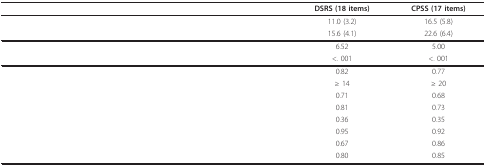
<table><thead><tr><td>[EMPTY_CELL]</td><td>[EMPTY_CELL]</td><td><b>DSRS (18 items)</b></td><td><b>CPSS (17 items)</b></td></tr></thead><tbody><tr><td>[EMPTY_CELL]</td><td>[EMPTY_CELL]</td><td>11.0 (3.2)</td><td>16.5 (5.8)</td></tr><tr><td>[EMPTY_CELL]</td><td>[EMPTY_CELL]</td><td>15.6 (4.1)</td><td>22.6 (6.4)</td></tr><tr><td>[EMPTY_CELL]</td><td>[EMPTY_CELL]</td><td>6.52</td><td>5.00</td></tr><tr><td>[EMPTY_CELL]</td><td>[EMPTY_CELL]</td><td>&lt;. 001</td><td>&lt;. 001</td></tr><tr><td>[EMPTY_CELL]</td><td>[EMPTY_CELL]</td><td>0.82</td><td>0.77</td></tr><tr><td>[EMPTY_CELL]</td><td>[EMPTY_CELL]</td><td>≥ 14</td><td>≥ 20</td></tr><tr><td>[EMPTY_CELL]</td><td>[EMPTY_CELL]</td><td>0.71</td><td>0.68</td></tr><tr><td>[EMPTY_CELL]</td><td>[EMPTY_CELL]</td><td>0.81</td><td>0.73</td></tr><tr><td>[EMPTY_CELL]</td><td>[EMPTY_CELL]</td><td>0.36</td><td>0.35</td></tr><tr><td>[EMPTY_CELL]</td><td>[EMPTY_CELL]</td><td>0.95</td><td>0.92</td></tr><tr><td>[EMPTY_CELL]</td><td>[EMPTY_CELL]</td><td>0.67</td><td>0.86</td></tr><tr><td>[EMPTY_CELL]</td><td>[EMPTY_CELL]</td><td>0.80</td><td>0.85</td></tr></tbody></table>